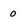
Character: 0